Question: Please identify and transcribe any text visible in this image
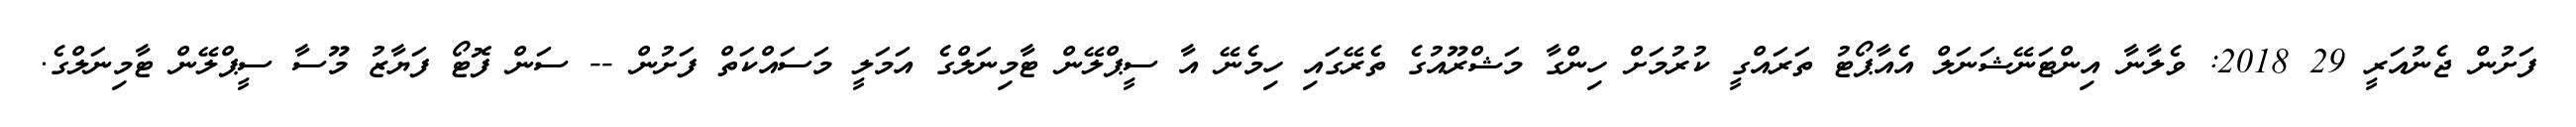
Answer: ފަށުން ޖެނުއަރީ 29 2018: ވެލާނާ އިންޓަނޭޝަނަލް އެއާޕޯޓު ތަރައްގީ ކުރުމަށް ހިންގާ މަޝްރޫއުގެ ތެރޭގައި ހިމެނޭ އާ ސީޕްލޭން ޓާމިނަލްގެ އަމަލީ މަސައްކަތް ފަށުން -- ސަން ފޮޓޯ ފަޔާޒު މޫސާ ސީޕްލޭން ޓާމިނަލްގެ.